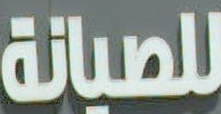
للصيانة